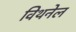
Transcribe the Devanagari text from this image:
विथनेल